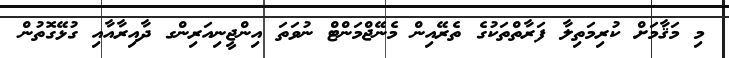
މި މަޤާމަށް ކުރިމަތިލާ ފަރާތްތަކުގެ ތެރޭއިން މެނޭޖްމަންޓް ނުވަތަ އިންޖީނިއަރިންގ ދާއިރާއާއި ގުޅޭގޮތުން